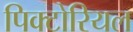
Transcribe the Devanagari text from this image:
पिक्टोरियल